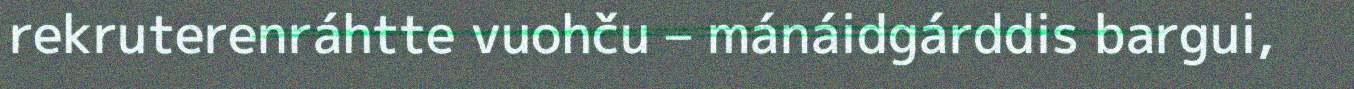
rekruterenráhtte vuohču – mánáidgárddis bargui,